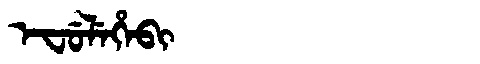
Manchu: ᡝᠸᡠᠯᡝᡥᡝᠪᡳ
Romanization: EFULEHEBI